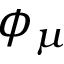
\phi _ { \mu }